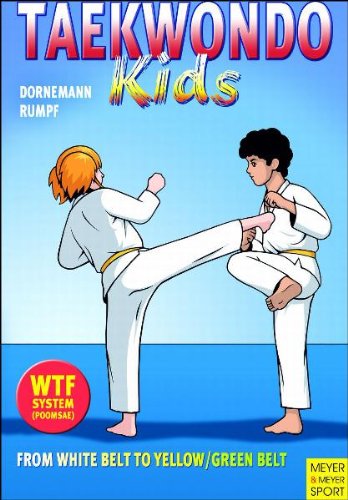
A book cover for Taekwondo Kids: From White Belt to Yellow/Green Belt; Dornemann; Teen & Young Adult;